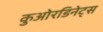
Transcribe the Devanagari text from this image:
कुओरडिनेट्स